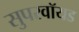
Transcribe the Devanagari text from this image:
सुपरवॉयड